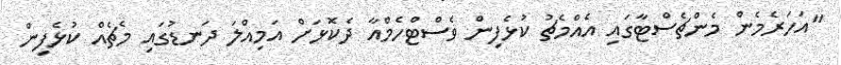
"އަހަރެމެން މެންޗެސްޓާގައި އެއްމެޗު ކުޅެފިން ވެސްޓްހެމްއާ ދެކޮޅަށް އަމިއްލަ ދަނޑުގައި މެޗެއް ކުޅެފިން